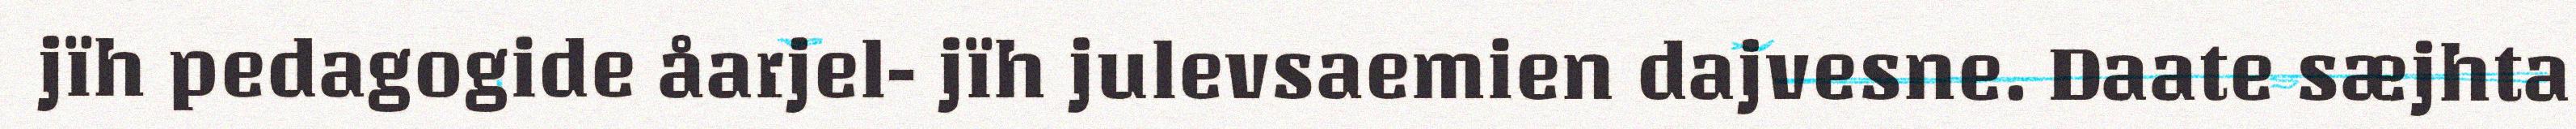
jïh pedagogide åarjel- jïh julevsaemien dajvesne. Daate sæjhta